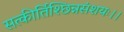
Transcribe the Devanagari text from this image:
सत्कीर्तिश्छिन्नसंशयः।।